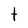
Character: t